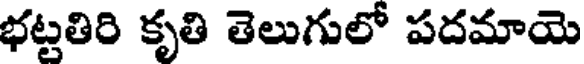
భట్టతిరి కృతి తెలుగులో పదమాయె